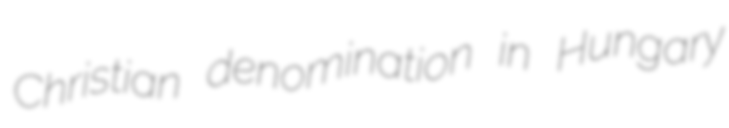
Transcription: Christian denomination in Hungary